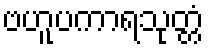
ဗဟူပကာရသုတ္တံ